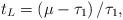
LaTeX: \begin{align*}{t_L} = \left({{\mu - {\tau _1}}}\right)/{{{\tau _1}}},\end{align*}